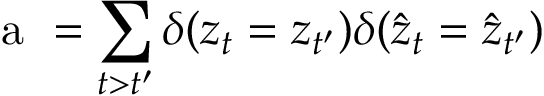
\mathrm { ~ a ~ } = \sum _ { t > t ^ { \prime } } \delta ( z _ { t } = z _ { t ^ { \prime } } ) \delta ( \hat { z } _ { t } = \hat { z } _ { t ^ { \prime } } )